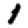
Digit: 1